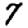
Digit: 7